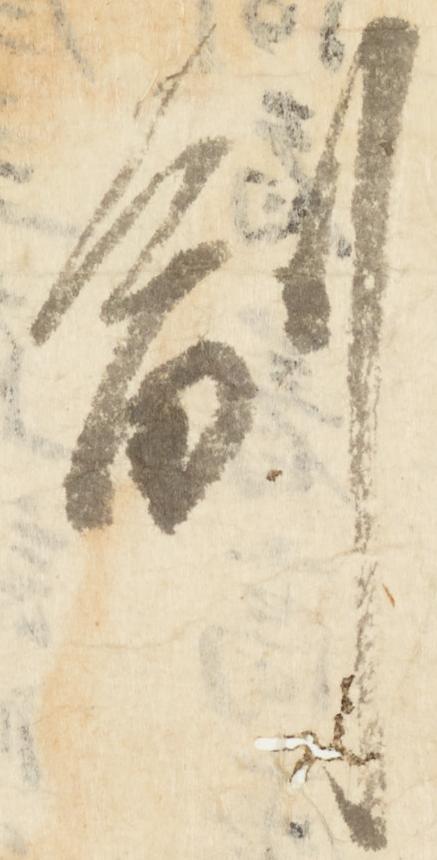
副